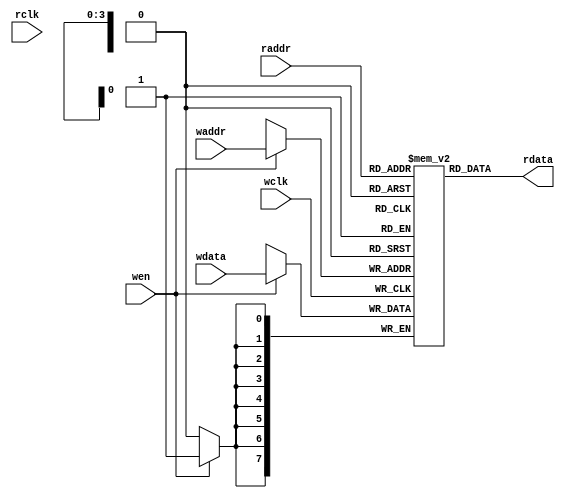
module FIFO_MEM #(parameter DSIZE = 8,
                  parameter ASIZE = 4)
(
//input signals for write
input                  wclk,            //write clock
input                  wen,             //write enable
input  [ASIZE-1:0]     waddr,           //write address
input  [DSIZE-1:0]     wdata,           //write data
//input signals for read
input                  rclk,            //read clock
input  [ASIZE-1:0]     raddr,           //read address
//output signals for read
output [DSIZE-1:0]     rdata            //read data
);

parameter DEPTH = 1<<ASIZE;             //fifo depth

`ifdef VENDORRAM
//instantiation of vendor's dual-port RAM

`else
reg [DSIZE-1:0] MEM [0:DEPTH-1];

assign rdata = MEM[raddr];

always @(posedge wclk)
	if(wen)
		MEM[waddr] <= wdata;
    else
		;
`endif

endmodule